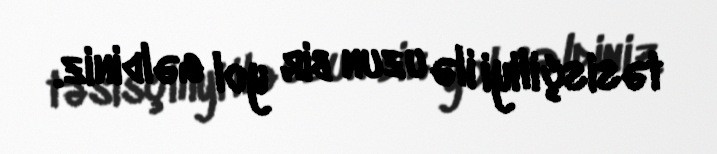
təsisçiliyi ilə uzun bir yol gəldiniz.